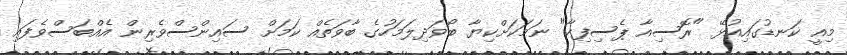
މިއީ ކަނޑުގައިއުޅޭ "ރޮސިއާ ޕެސިފިކާ" ނަމަކަށްކިޔާ ބޯވަދިލަމަހުގެ ބާވަތެއް ކަމަށް ސައިންސްވެރިން އެއްބަސްވެފައި